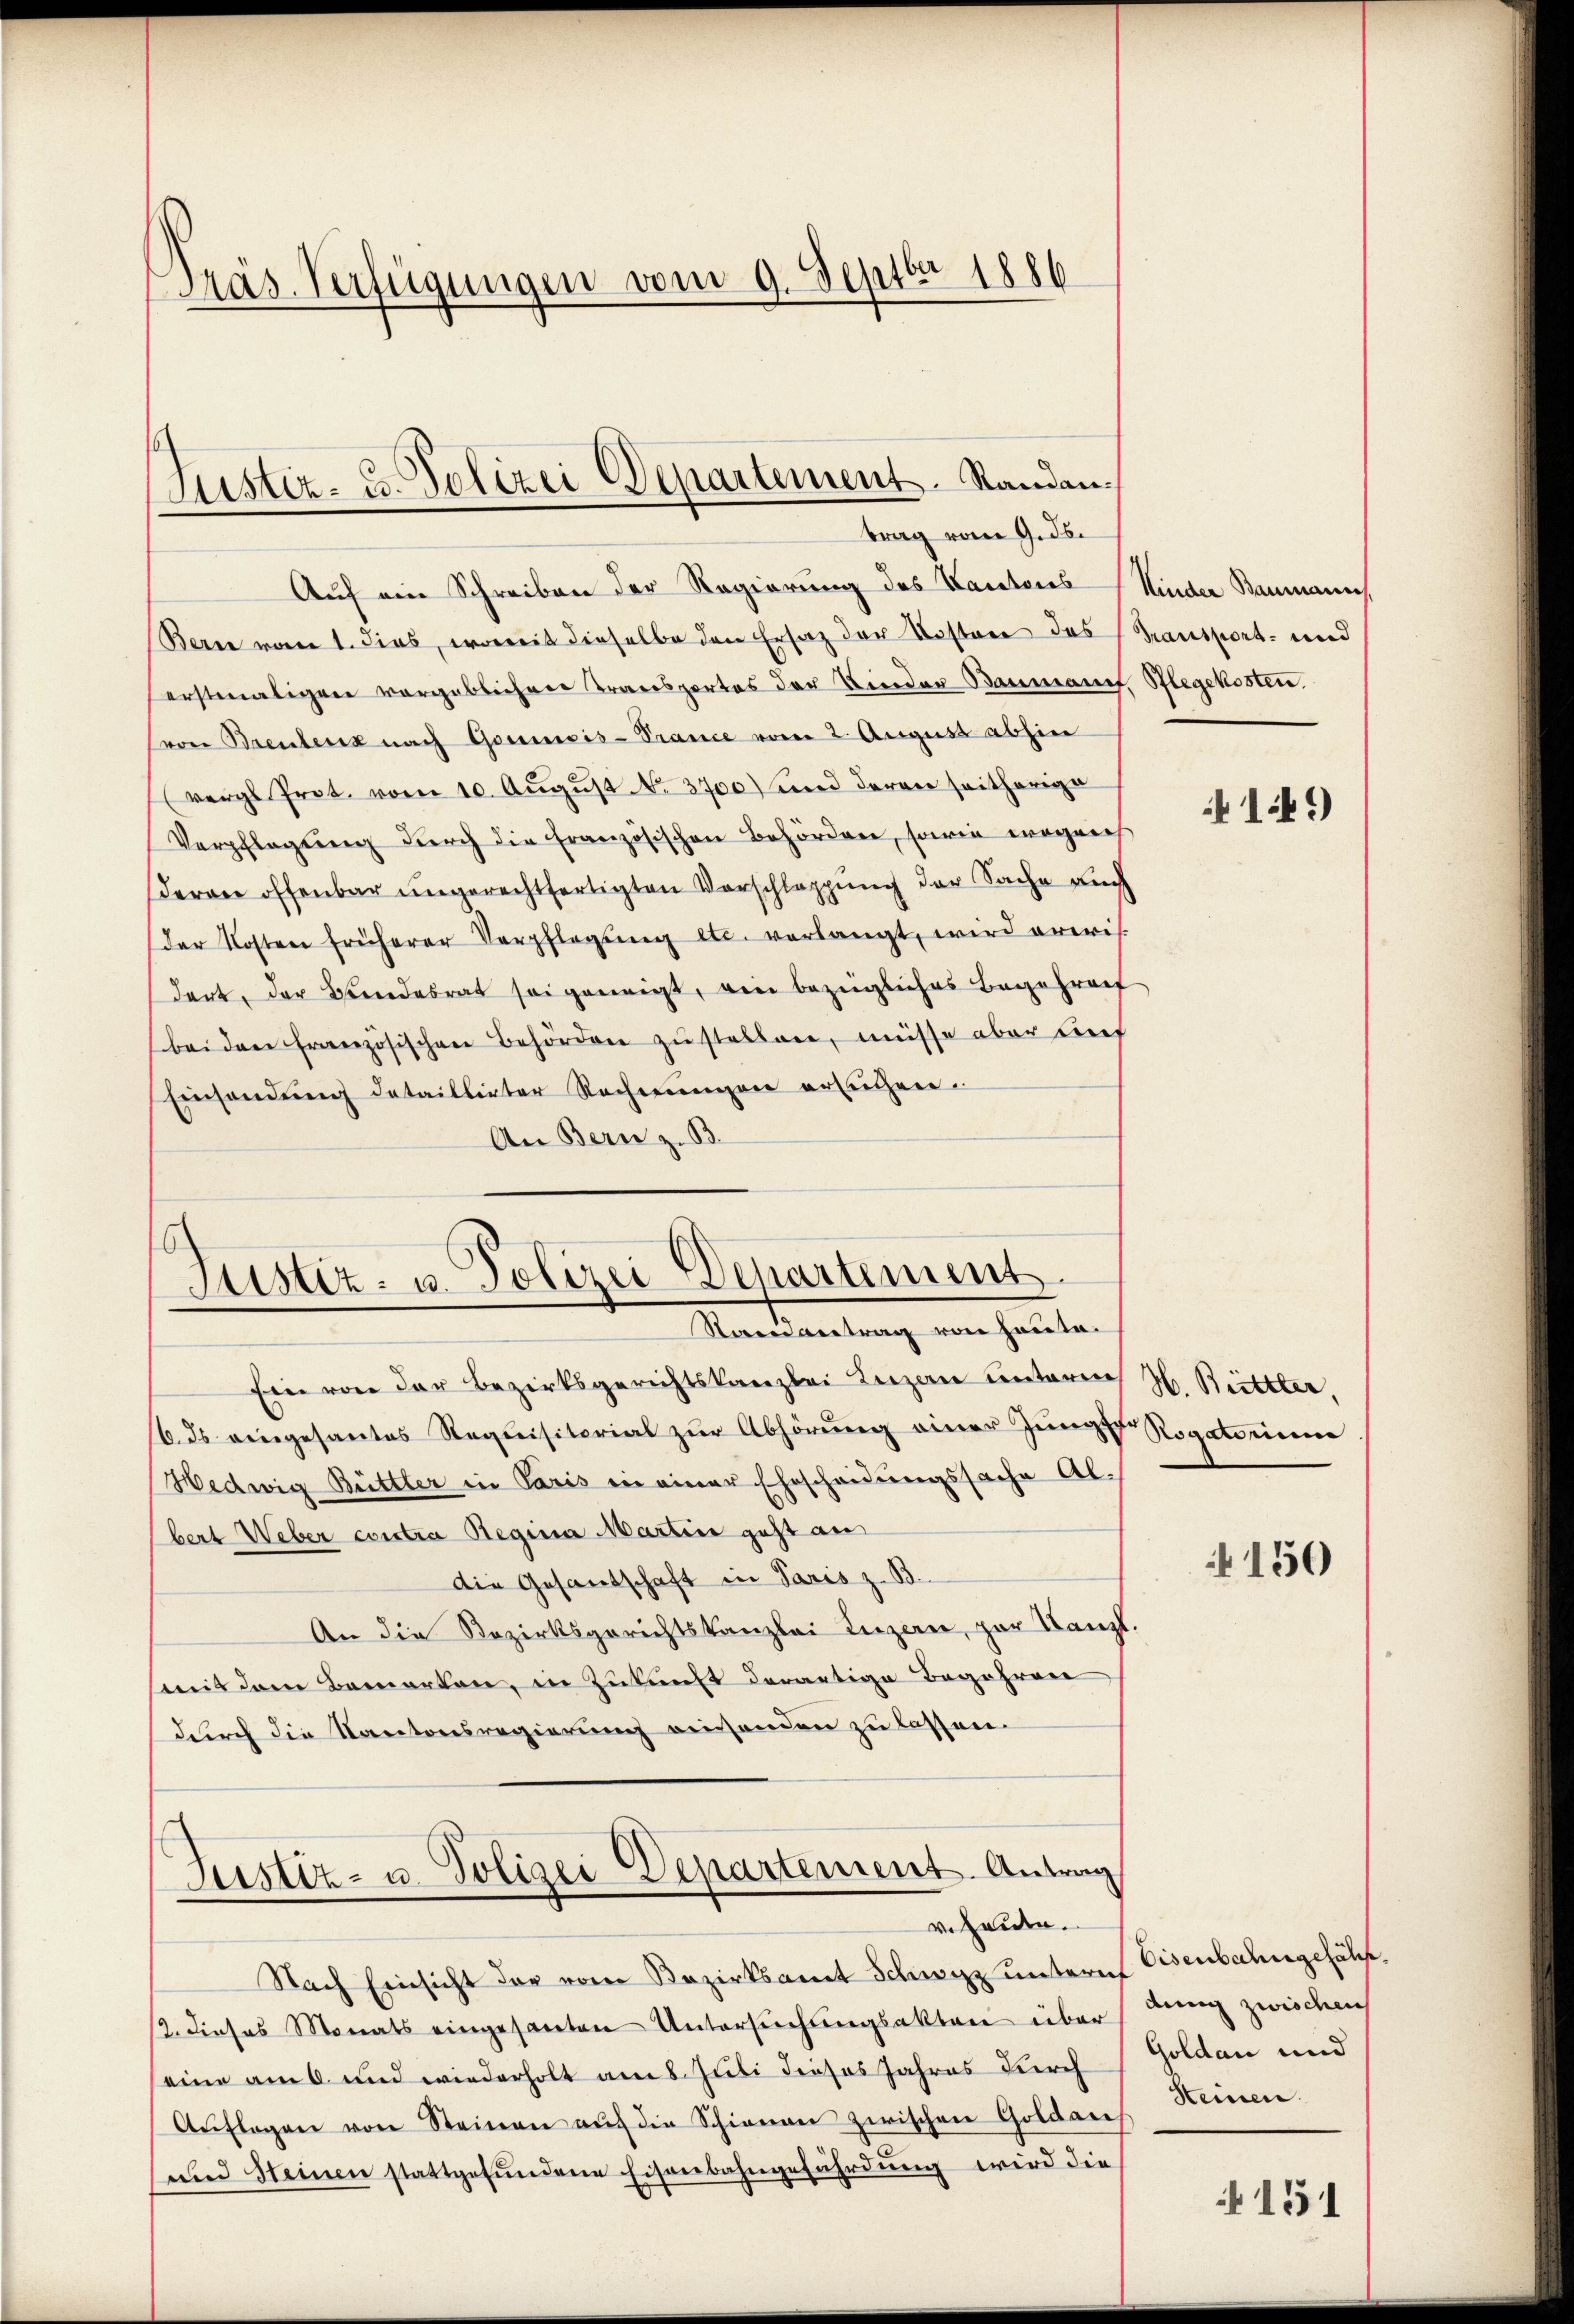
Präs. Verfügungen vom 9. Septbr 1886

Justiz- u. Polizei Departement. Standantrag vom 9. ds.

Auf ein Schreiben der Regierung des Kantones Kinder Baumanns
Berne vom 1. Fins, womit dieselbe den Ersatz der Kosten das Transport- und
erstemaliger vorgeblicherer Transportes der Kinder Baumanif. Pflegekosten.
von Brentenz nach Goumeis-Trance vom 2. August abhin
(vergl. Prot. vom 10. Aŭgŭst No. 3700) und deren seitherige
Verpflegŭng durch die Französischen Behörden, sowie wegens
deran offenbar ungerechtfertigten Vorschlappung der Sache auch
der Kosten früherer Verpflegŭng etc. verlangt, wird erwis-
dert, der Bundesrat sei geneigt, ein bezügliches Begehrenf
bei den Französischen Behörden zustellen, müsse aber auf
Einsendung dataillirter Rechnungen ersuchen.
An Bern z. B.

Justiz- u. Polizei Departement
Randantrag von Haute.

Ein von der Bezirksgerichtskanzlei Luzen unterm H. Britter,
16. ds eingesantes Requisitorial zur Abhörung einer Jungen Rogatorium
Hedwig Büttler in Paris in einer Ehescheidungssache Albert Weber contra Regina Martin geht an
Die Gesandschaft in Paris z. B.
An die Bezirksgerichtskanzlei Luzern, zur Kanzl.
mit dem Bemerken, in Zukunft derartige Begehren
durch die Kantonsregierung gewenden zu lassen.

Justiz- u. Polizei Departement. Antrag
v. Hause.

Nach Einsicht der vom Bezirksamt Schwyz untern Eisenbahngehölz.
2. dieses Monats eingesanten Untersŭchŭngsakteri über
eine am 6. und wiederholt am 8. Juli dieses Jahres durch
Aŭflagen von Steinen aŭf die Schienen zwischen Goldaus. Keinen.
und Steinen stattgefundene Eisenbahngefährdung wird die

141)

150

dung zwischen
Goldau und

151